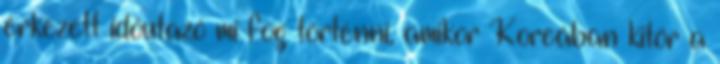
érkezett időutazó mi fog történni, amikor Koreában kitör a